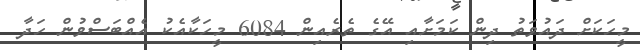
މީހަކަށް ދައުވަތު ދިން ކަމަށާއި އޭގެ ތެރެއިން 6084 މީހަކާއެކު އެއްބަސްވުން ހަދާ